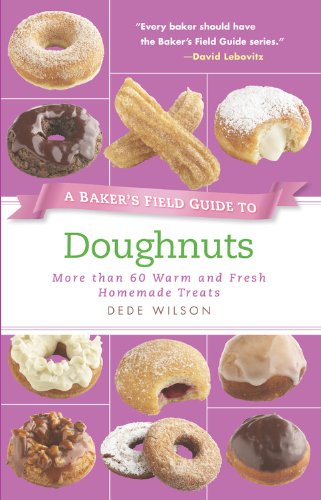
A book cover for A Baker's Field Guide to Doughnuts: More than 60 Warm and Fresh Homemade Treats (Baker's FG); Dede Wilson; Cookbooks, Food & Wine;